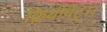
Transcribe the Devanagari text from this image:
क्लियोपेट्रा।